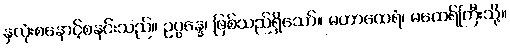
နှလုံးစနောင့်စနင်းသည်။ ဥပ္ပန္နေ၊ ဖြစ်သည်ရှိသော်။ မဟာထေရံ၊ မထေရ်ကြီးသို့။